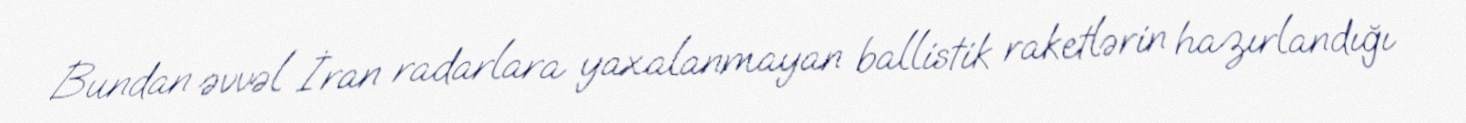
Bundan əvvəl İran radarlara yaxalanmayan ballistik raketlərin hazırlandığı